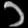
Digit: ၁